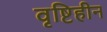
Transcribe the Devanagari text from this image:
वृष्टिहीन